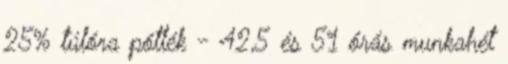
25% túlóra pótlék - 42,5 és 51 órás munkahét